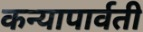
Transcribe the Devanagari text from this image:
कन्यापार्वती